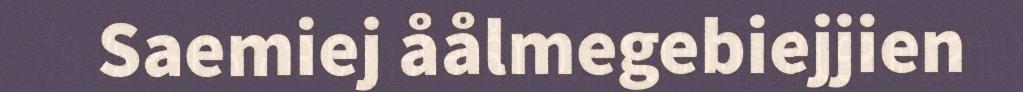
Saemiej åålmegebiejjien